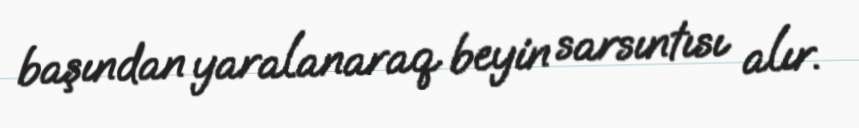
başından yaralanaraq beyin sarsıntısı alır.